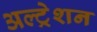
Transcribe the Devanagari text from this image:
अल्ट्रेशन